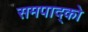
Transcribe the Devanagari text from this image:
समपाद्को